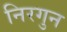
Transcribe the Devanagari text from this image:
निरगुन